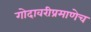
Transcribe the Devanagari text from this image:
गोदावरीप्रमाणेच